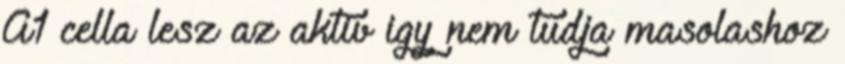
A1 cella lesz az aktiv igy nem tudja masolashoz